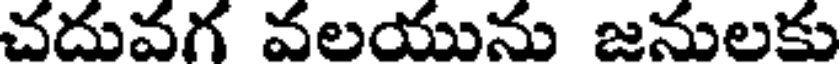
చదువగ వలయును జనులకు